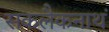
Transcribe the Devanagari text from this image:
सकलैकनाथं